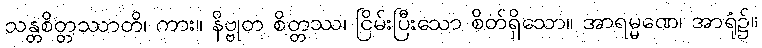
သန္တစိတ္တဿာတိ၊ ကား။ နိဗ္ဗုတ စိတ္တဿ၊ ငြိမ်းပြီးသော စိတ်ရှိသော။ အာရမ္မဏေ၊ အာရုံ၌။